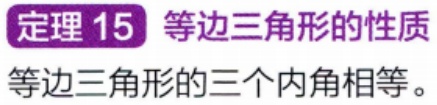
定理 15 等边三角形的性质

等边三角形的三个内角相等。